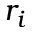
r _ { i }